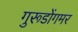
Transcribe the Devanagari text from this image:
गुरूडोंगमर